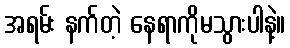
အရမ်း နက်တဲ့ နေရာကိုမသွားပါနဲ့။